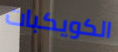
الكويكبات